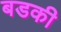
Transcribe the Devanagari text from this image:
बडकी